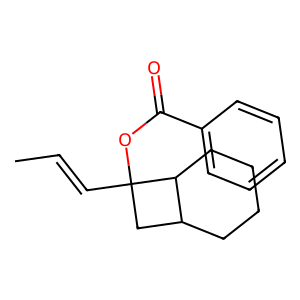
SMILES: CC=CC1(OC(=O)c2ccccc2)CC2CCCCC21
Inhibits HIV replication: No